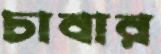
চাবার